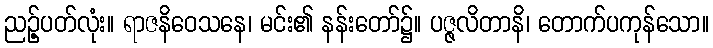
ညဉ့်ပတ်လုံး။ ရာဇနိဝေသနေ၊ မင်း၏ နန်းတော်၌။ ပဇ္ဇလိတာနိ၊ တောက်ပကုန်သော။